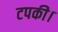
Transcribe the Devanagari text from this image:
टपकी।